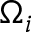
\Omega _ { i }